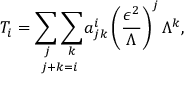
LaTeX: T _ { i } = \underset { j + k = i } { \sum _ { j } \sum _ { k } } a _ { j k } ^ { i } \left( \frac { \epsilon ^ { 2 } } { \Lambda } \right) ^ { j } \Lambda ^ { k } ,